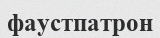
фаустпатрон